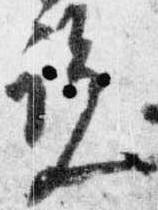
覧